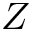
Z